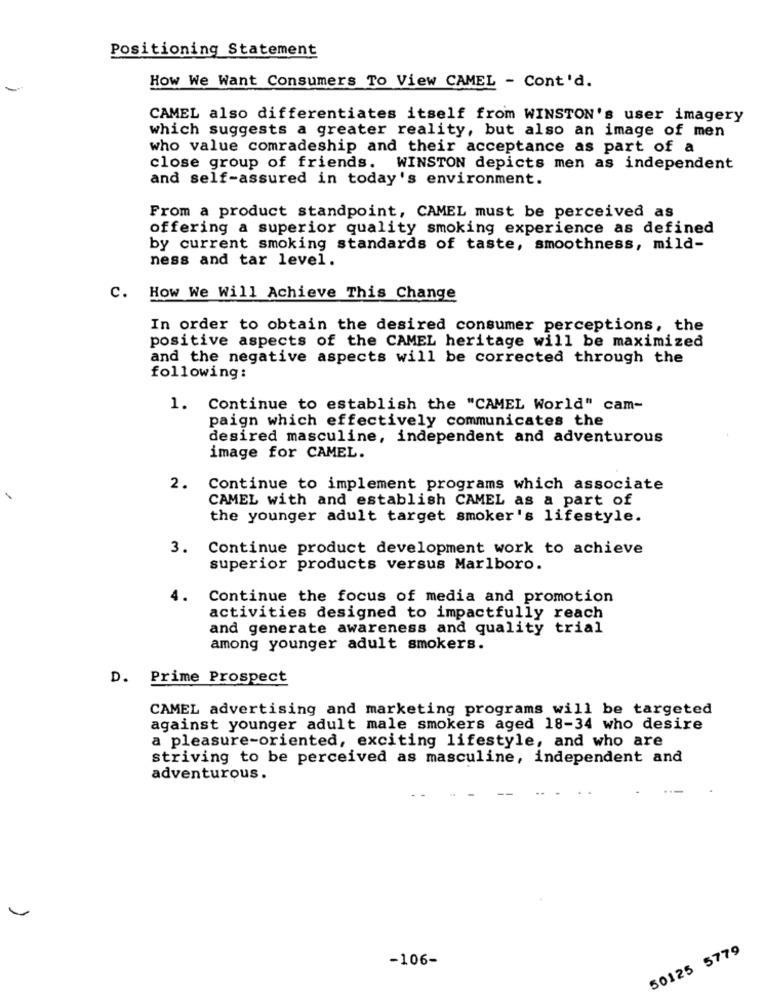
Positioning Statement
-
How We Want Consumers To View CAMEL - Cont'd.
CAMEL also differentiates itself from WINSTON's user imagery
which suggests a greater reality, but also an image of men
who value comradeship and their acceptance as part of a
close group of friends. WINSTON depicts men as independent
and self-assured in today's environment.
From a product standpoint, CAMEL must be perceived as
offering a superior quality smoking experience as defined
by current smoking standards of taste, smoothness, mild-
ness and tar level.
c.
How We Will Achieve This Change
In order to obtain the desired consumer perceptions, the
positive aspects of the CAMEL heritage will be maximized
and the negative aspects will be corrected through the
following:
1. Continue to establish the "CAMEL World" cam-
paign which effectively communicates the
desired masculine, independent and adventurous
image for CAMEL.
2.
Continue to implement programs which associate
CAMEL with and establish CAMEL as a part of
the younger adult target smoker's lifestyle.
3.
Continue product development work to achieve
superior products versus Marlboro.
4.
Continue the focus of media and promotion
activities designed to impactfully reach
and generate awareness and quality trial
among younger adult smokers.
D. Prime Prospect
CAMEL advertising and marketing programs will be targeted
against younger adult male smokers aged 18-34 who desire
a pleasure-oriented, exciting lifestyle, and who are
striving to be perceived as masculine, independent and
adventurous.
50125 5779
-106-